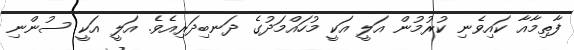
ފާތިމާއާ ކައިވެނި ކުރުމުން އަލީ އަކީ މުހައްމަދުގެ ދަނބިދަރިއެވެ. އަލީ އަކީ ސުންނި